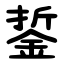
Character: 銴